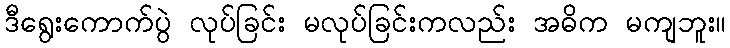
ဒီရွေးကောက်ပွဲ လုပ်ခြင်း မလုပ်ခြင်းကလည်း အဓိက မကျဘူး။